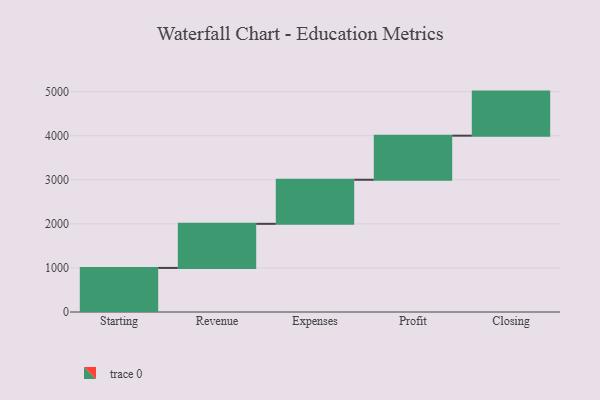
{"axis": {"x": "Step", "y": "Value"}, "legend": [""], "data": [{"x": "Starting", "y": 1000, "type": ""}, {"x": "Revenue", "y": 1000, "type": ""}, {"x": "Expenses", "y": 1000, "type": ""}, {"x": "Profit", "y": 1000, "type": ""}, {"x": "Closing", "y": 1000, "type": ""}]}